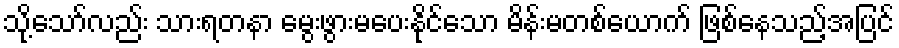
သို့သော်လည်း သားရတနာ မွေးဖွားမပေးနိုင်သော မိန်းမတစ်ယောက် ဖြစ်နေသည့်အပြင်